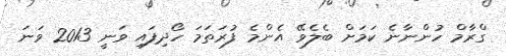
ގްރާމް ހުންނާނެ ކަމަށް ބެލެވޭ އެންމެ ފުރަތަމަ ހޯދިފައި ވަނީ 2013 ވަނަ